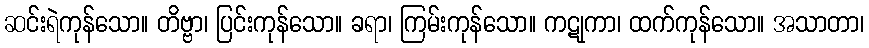
ဆင်းရဲကုန်သော။ တိဗ္ဗာ၊ ပြင်းကုန်သော။ ခရာ၊ ကြမ်းကုန်သော။ ကဋုကာ၊ ထက်ကုန်သော။ အသာတာ၊